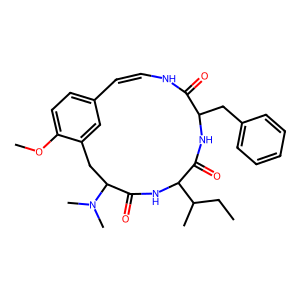
SMILES: CCC(C)C1NC(=O)C(N(C)C)Cc2cc(ccc2OC)C=CNC(=O)C(Cc2ccccc2)NC1=O
Inhibits HIV replication: No